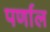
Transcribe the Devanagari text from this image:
पर्णाल